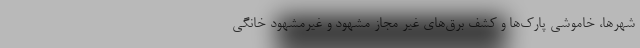
شهرها، خاموشی پارک‌ها و کشف برق‌های غیر مجاز مشهود و غیرمشهود خانگی